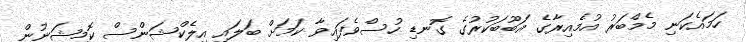
ހަމައެކަނި މެމްބަރު އުމެއިރާގެ އަބޫބަކުރުގެ ގޮނޑި ހުސްވެފައިވާ ކަމަށް ބަލައި އިލެކްޝަންސް ކޮމިޝަނުން